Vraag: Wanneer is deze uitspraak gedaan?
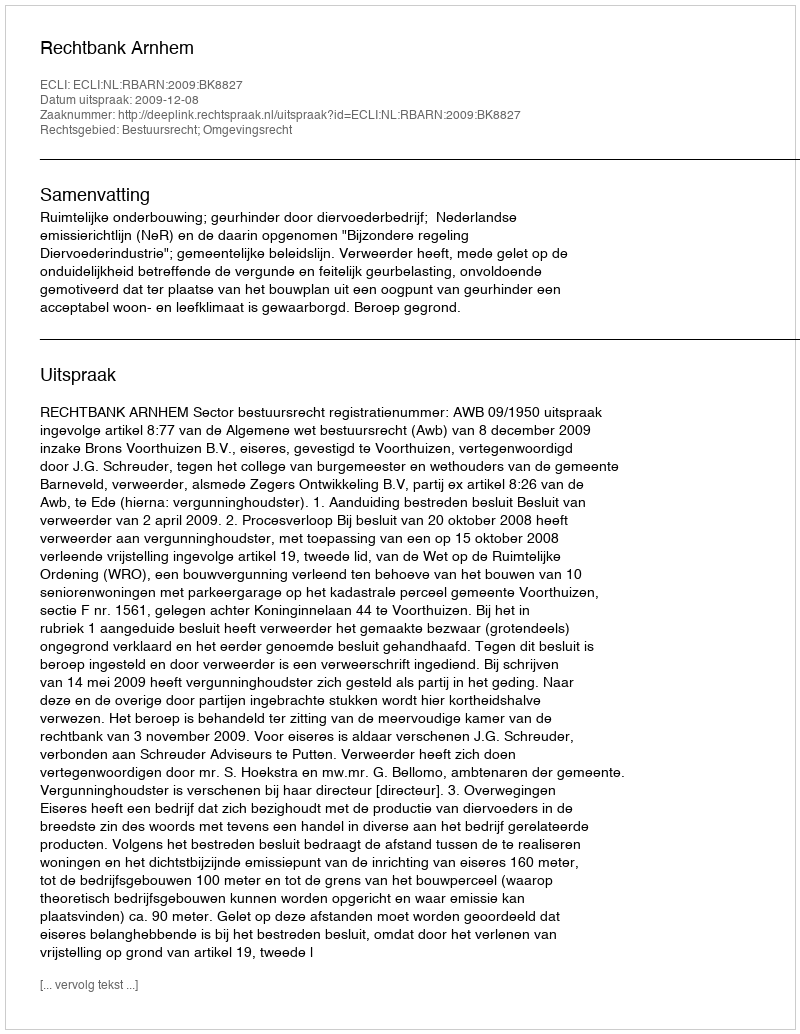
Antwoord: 2009-12-08